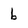
Character: b